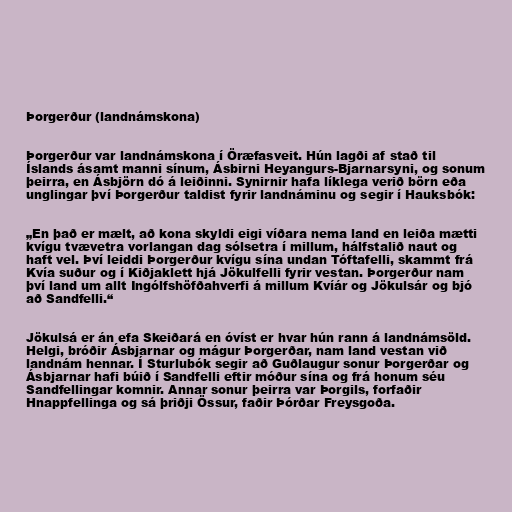
Þorgerður (landnámskona)

Þorgerður var landnámskona í Öræfasveit. Hún lagði af stað til
Íslands ásamt manni sínum, Ásbirni Heyangurs-Bjarnarsyni, og sonum
þeirra, en Ásbjörn dó á leiðinni. Synirnir hafa líklega verið börn eða
unglingar því Þorgerður taldist fyrir landnáminu og segir í Hauksbók:

„En það er mælt, að kona skyldi eigi víðara nema land en leiða mætti
kvígu tvævetra vorlangan dag sólsetra í millum, hálfstalið naut og
haft vel. Því leiddi Þorgerður kvígu sína undan Tóftafelli, skammt frá
Kvía suður og í Kiðjaklett hjá Jökulfelli fyrir vestan. Þorgerður nam
því land um allt Ingólfshöfðahverfi á millum Kvíár og Jökulsár og bjó
að Sandfelli.“

Jökulsá er án efa Skeiðará en óvíst er hvar hún rann á landnámsöld.
Helgi, bróðir Ásbjarnar og mágur Þorgerðar, nam land vestan við
landnám hennar. Í Sturlubók segir að Guðlaugur sonur Þorgerðar og
Ásbjarnar hafi búið í Sandfelli eftir móður sína og frá honum séu
Sandfellingar komnir. Annar sonur þeirra var Þorgils, forfaðir
Hnappfellinga og sá þriðji Össur, faðir Þórðar Freysgoða.